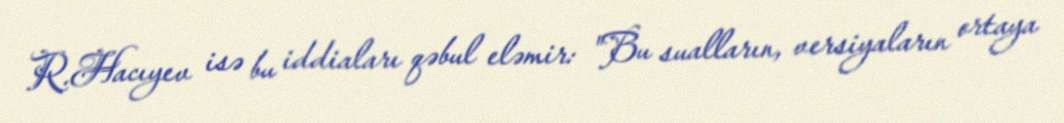
R.Hacıyev isə bu iddiaları qəbul eləmir: "Bu sualların, versiyaların ortaya